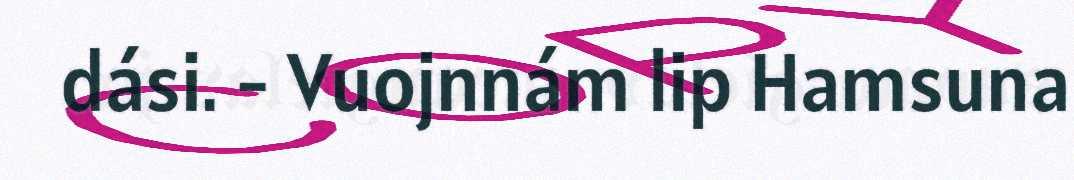
dási. - Vuojnnám lip Hamsuna